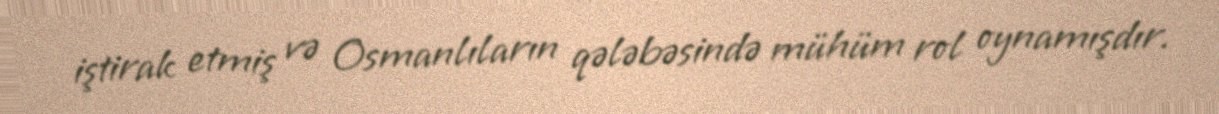
iştirak etmiş və Osmanlıların qələbəsində mühüm rol oynamışdır.